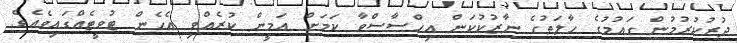
ދުރުކުރުމުން ގައުމުގެ ހާލަތުގެ ނާޒުކުކަން އިހްސާސްވާ ކަމަށް އަމީން ކުރެއްވި އެހެން ޓުވީޓެއްގައިވެއެވެ.